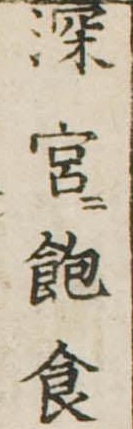
深宮飽食